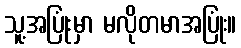
သူ့အပြုံးမှာ မလိုတမာအပြုံး။